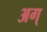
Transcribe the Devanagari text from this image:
अग्